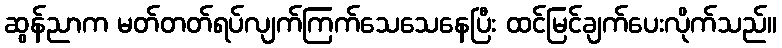
ဆွန်ညာက မတ်တတ်ရပ်လျက်ကြက်သေသေနေပြီး ထင်မြင်ချက်ပေးလိုက်သည်။